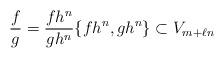
LaTeX: \begin{align*}\frac{f}{g}=\frac{fh^n}{gh^n}\{fh^n,gh^n\}\subset V_{m+\ell n}\end{align*}